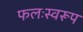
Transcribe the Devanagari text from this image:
फलःस्वरूप